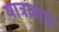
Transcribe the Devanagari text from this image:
यात्रागार